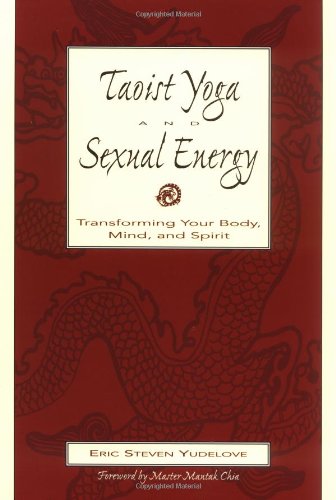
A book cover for Taoist Yoga and Sexual Energy: Transforming Your Body, Mind, and Spirit; Eric Yudelove; Religion & Spirituality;